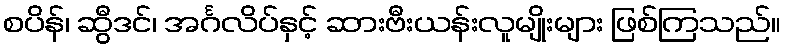
စပိန်၊ ဆွီဒင်၊ အင်္ဂလိပ်နှင့် ဆားဗီးယန်းလူမျိုးများ ဖြစ်ကြသည်။